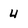
Character: 4